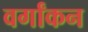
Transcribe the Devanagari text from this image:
वर्गांकन